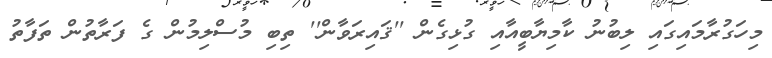
މިހަގުރާމައިގައި ލިބުނު ކާމިޔާބީއާއި ގުޅިގެން ''ޤައިރަވާން'' ތިބި މުސްލިމުން ގެ ފަރާތުން ތަފާތު